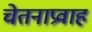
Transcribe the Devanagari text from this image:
चेतनाप्रवाह